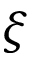
\xi